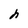
Character: h